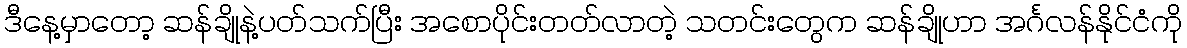
ဒီနေ့မှာတော့ ဆန်ချိုနဲ့ပတ်သက်ပြီး အစောပိုင်းတတ်လာတဲ့ သတင်းတွေက ဆန်ချိုဟာ အင်္ဂလန်နိုင်ငံကို